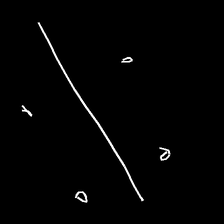
Glyph: cool